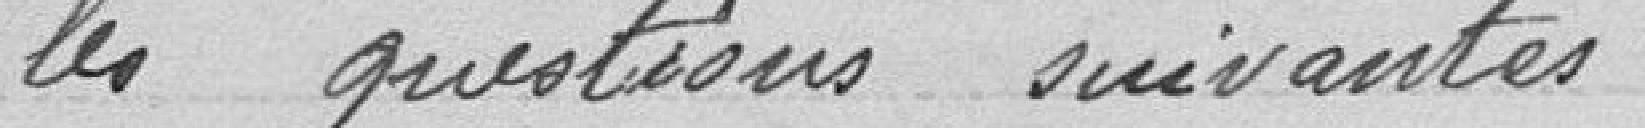
les questions suivantes.